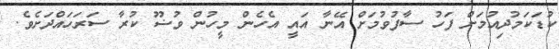
ކުޑަކަމުދިއުމަށް ފަހު ސާފުވުމަށް އޭނާ އައީ އެހެން މީހުން ވުޟޫ ކުރާ ސަރަހައްދަށެވެ.